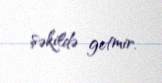
şəkildə getmir.